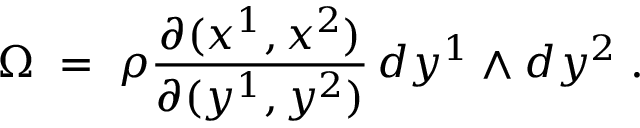
\Omega \; = \; \rho \frac { \partial ( x ^ { 1 } , x ^ { 2 } ) } { \partial ( y ^ { 1 } , y ^ { 2 } ) } \, d y ^ { 1 } \land d y ^ { 2 } \; .